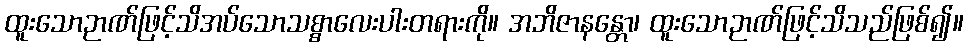
ထူးသောဉာဏ်ဖြင့်သိအပ်သောသစ္စာလေးပါးတရားကို။ အဘိဇာနန္တော၊ ထူးသောဉာဏ်ဖြင့်သိသည်ဖြစ်၍။